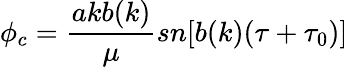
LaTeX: \phi_{c}=\frac{akb(k)}{\mu}sn[b(k)(\tau+\tau_{0})]